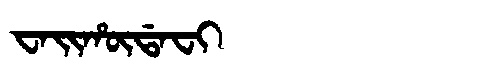
Manchu: ᠸᠠᡳᡥᡡᡩᠠᠸᡳ
Romanization: WAIHŪDAFI